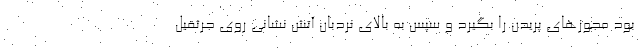
بود مجوزهای پریدن را بگیرد و سپس به بالای نردبان آتش نشانی روی جرثقیل